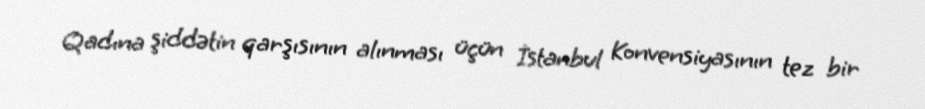
Qadına şiddətin qarşısının alınması üçün İstanbul Konvensiyasının tez bir